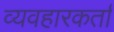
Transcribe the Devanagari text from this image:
व्यवहारकर्ता